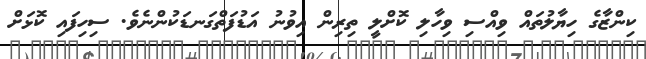
ކިންޒާގެ ހިޔާލުތައް ވިއްސި ވިހާލި ކޮށްލީ ތިރިން އިވުނު އަޑުފަތްގަނޑަކުންނެވެ. ސިހިފައި ކޮޅަށް